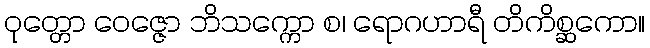
ဝုတ္တော ဝေဇ္ဇော ဘိသက္ကော စ၊ ရောဂဟာရီ တိကိစ္ဆကော။